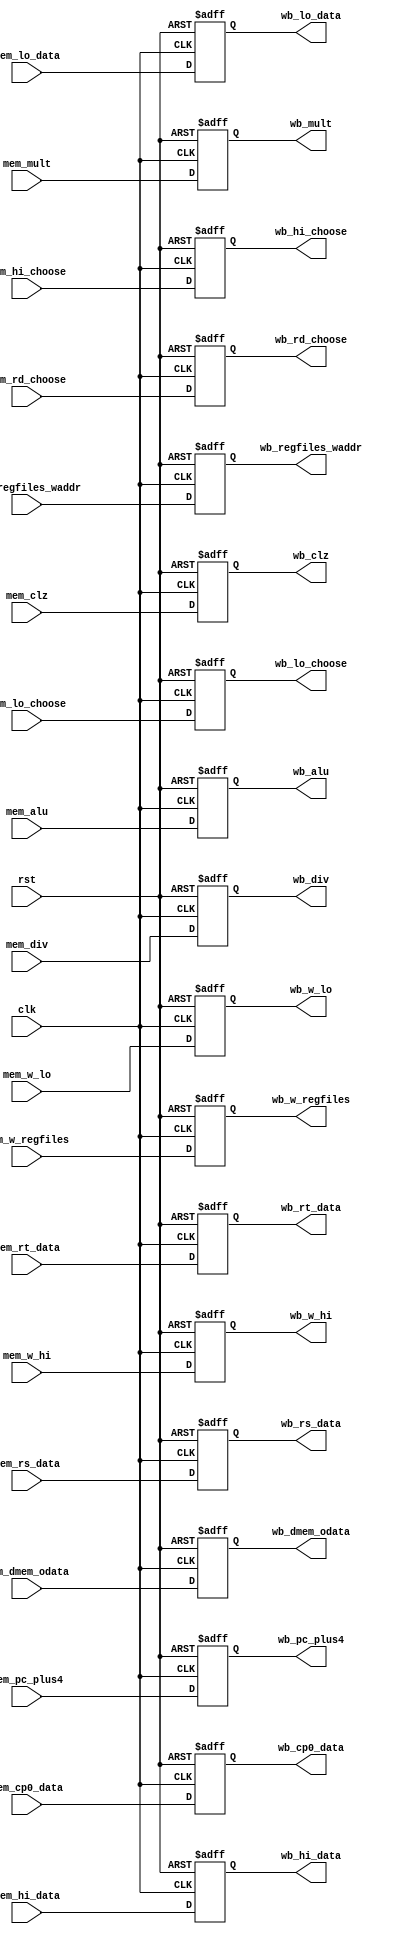
`timescale 1ns / 1ps
//////////////////////////////////////////////////////////////////////////////////
// Company: 
// Engineer: 
// 
// Design Name: 
// Module Name: MEM_WB
// Project Name: 
// Target Devices: 
// Tool Versions: 
// Description: 
// 
// Dependencies: 
// 
// Revision:
// Revision 0.01 - File Created
// Additional Comments:
// 
//////////////////////////////////////////////////////////////////////////////////

/***************************************
MEM/WB
***************************************/

module MEM_WB(
    input clk,
    input rst,
    /*********MEM**********/
    //
    input [63:0] mem_mult,
    input [63:0] mem_div,
    input [31:0] mem_clz,
    input [31:0] mem_alu,
    //DMEM
    input [31:0] mem_dmem_odata,

    input [31:0] mem_pc_plus4,//imempc
    //regfiles
    input [31:0] mem_rs_data,
    input [31:0] mem_rt_data,
    //
    input [31:0] mem_cp0_data,
    input [31:0] mem_hi_data,
    input [31:0] mem_lo_data,

    input [4:0] mem_regfiles_waddr,//
    //
    input mem_w_regfiles,
    input mem_w_hi,
    input mem_w_lo,

    //
    input [1:0] mem_hi_choose,
    input [1:0] mem_lo_choose,
    input [2:0] mem_rd_choose,//

    /********WB********/
    output reg [63:0] wb_mult,
    output reg [63:0] wb_div,
    output reg [31:0] wb_clz,
    output reg [31:0] wb_alu,
    //DMEM
    output reg [31:0] wb_dmem_odata,

    output reg [31:0] wb_pc_plus4,//imempc
    //regfiles
    output reg [31:0] wb_rs_data,
    output reg [31:0] wb_rt_data,
    //
    output reg [31:0] wb_cp0_data,
    output reg [31:0] wb_hi_data,
    output reg [31:0] wb_lo_data,

    output reg [4:0] wb_regfiles_waddr,//
    //
    output reg wb_w_regfiles,
    output reg wb_w_hi,
    output reg wb_w_lo,

    //
    output reg [1:0] wb_hi_choose,
    output reg [1:0] wb_lo_choose,
    output reg [2:0] wb_rd_choose//
    );

    always @ (posedge clk or posedge rst) begin
        if(rst) begin
            wb_mult <= 64'b0;
            wb_div <= 64'b0;
            wb_clz <= 32'b0;
            wb_alu <= 32'b0;

            wb_dmem_odata <= 32'b0; 

            wb_pc_plus4 <= 32'b0;

            wb_rs_data <= 32'b0;
            wb_rt_data <= 32'b0;

            wb_cp0_data <= 32'b0;
            wb_hi_data <= 32'b0;
            wb_lo_data <= 32'b0;

            wb_regfiles_waddr <= 5'b0; 

            wb_w_regfiles <= 1'b0;
            wb_w_hi <= 1'b0;
            wb_w_lo <= 1'b0;

            wb_hi_choose <= 2'b0;
            wb_lo_choose <= 2'b0;
            wb_rd_choose <= 3'b0;
        end
        else begin
            wb_mult <= mem_mult;
            wb_div <= mem_div;
            wb_clz <= mem_clz;
            wb_alu <= mem_alu;

            wb_dmem_odata <= mem_dmem_odata;

            wb_pc_plus4 <= mem_pc_plus4;

            wb_rs_data <= mem_rs_data;
            wb_rt_data <= mem_rt_data;

            wb_cp0_data <= mem_cp0_data;
            wb_hi_data <= mem_hi_data;
            wb_lo_data <= mem_lo_data;

            wb_regfiles_waddr <= mem_regfiles_waddr;

            wb_w_regfiles <= mem_w_regfiles;
            wb_w_hi <= mem_w_hi;
            wb_w_lo <= mem_w_lo;

            wb_hi_choose <= mem_hi_choose;
            wb_lo_choose <= mem_lo_choose;
            wb_rd_choose <= mem_rd_choose;
        end
    end
endmodule